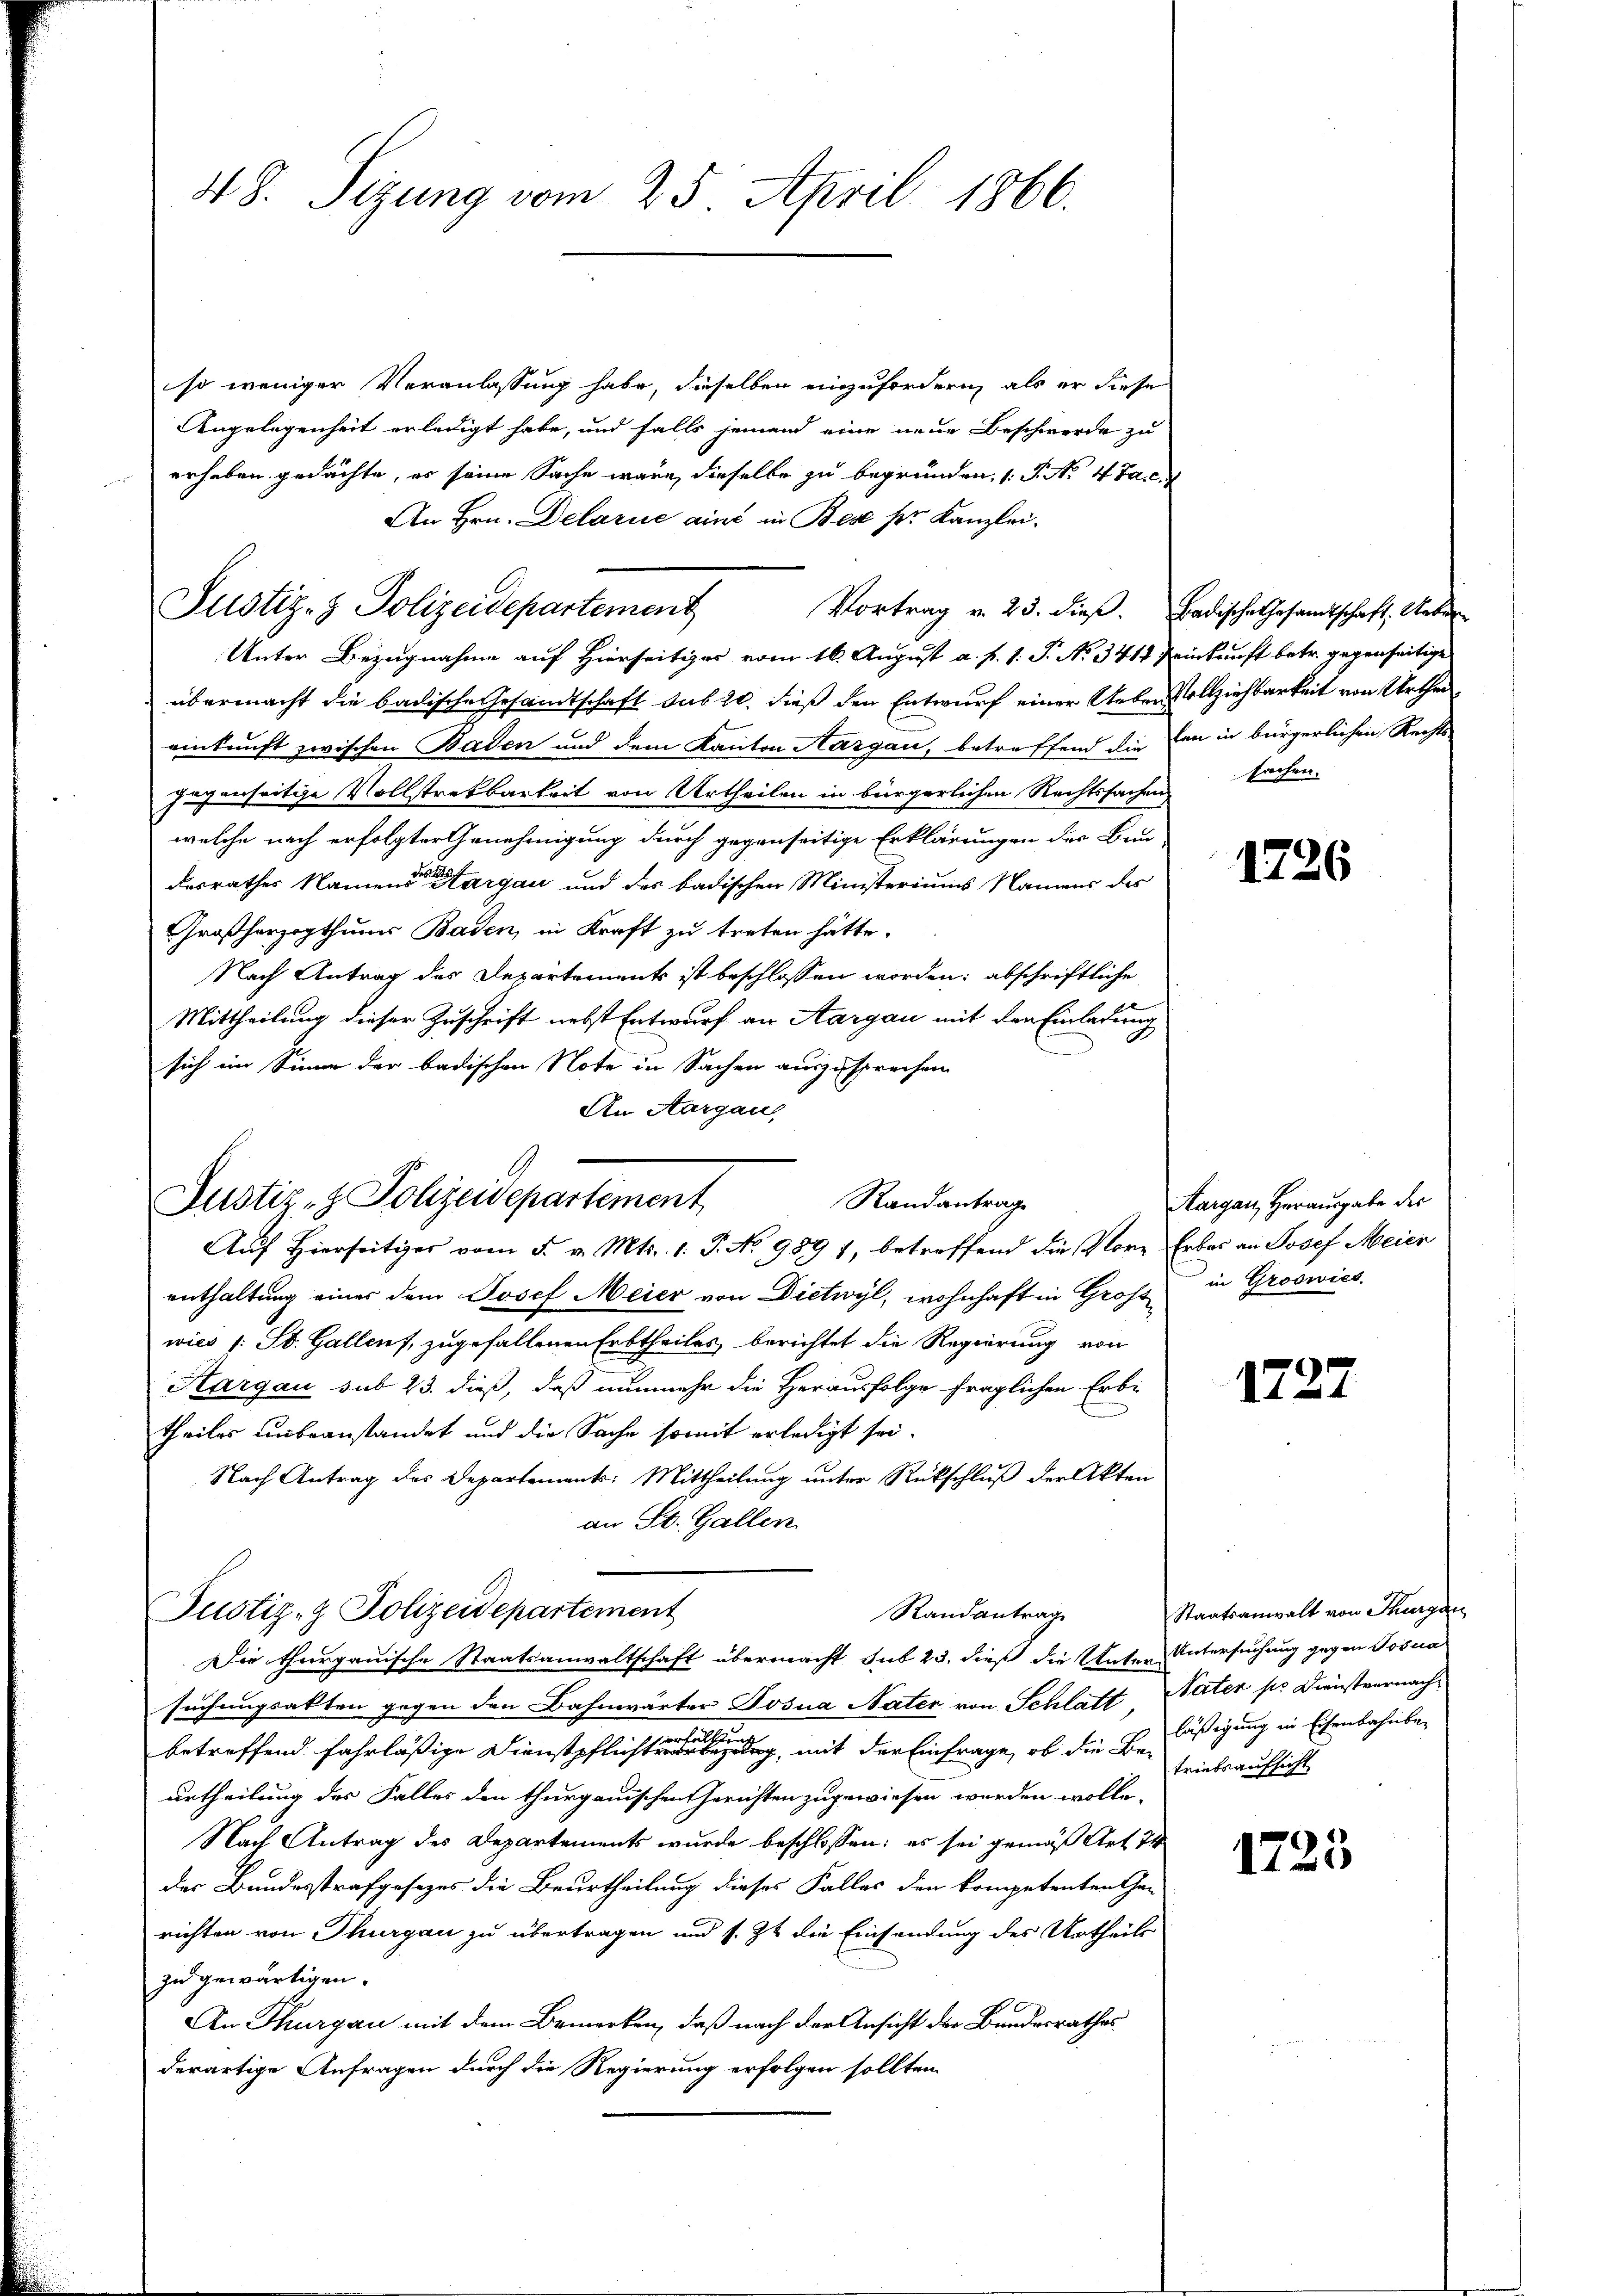
48. Sizung vom 25. April 1866.

so weniger Veranlassung habe, dieselben einzufordern, als er diese
Angelegenheit erledigt habe, und falls jemand eine neue Beschwerde zu
erheben gedachte, es seine Sache wäre, dieselbe zu begründen, 1. P. Nr. 4 Jan
An Hrn. Delarie ains in Besser Kanzlei.
Vortrag v. 23. dieβ. Badische Gesamtschaft. Ueber
Unter Bezugnahme auf Hierseitiger vom 16. August a. f. 1. P. No. 341. Reinkunft betr. gegenseitige
übermacht die badische Gesandtschaft sub 20. dieß den Entwurf einer Ueber Vollziehbarkeit von Urtheieinkunft zwischen Baden und dem Kanton Aargau, betreffend die Ein in bürgerlichen Rechts
fugenseitige Vollstrekbarkeit von Urtheilen in bürgerlichen Rechtssachen
welche nach erfolgter Genehmigung durch gegenseitige Erklärungen der Bau-
desrathes Namente er stargau und der badischen Ministeriums Namens des
Großherzogthums Baden, in Kraft zu treten hätte.
Nach Antrag des Departements ist beschlossen worden; abschriftliche
Mittheilung dieser Zuschrift nebst Entwurf an Aargau mit der Einladung
sich im Sinne der badischen Note in Sachen auszusprechen
An Aargau,

Justiz- & Polizeidepartement

Auf Hierseitiges vom 5. v. Mts. 1. P. No 989 1, betreffend die Vore Erbas an Josef Meier
enthaltung einer dem Josef Meier von Dietwyl, wohnhaft in Gross
wies /: St. Gallenf, zugefallenen Erbtheiles berichtet die Regierung von
Hargau sub 23. dieß, daß nunmehr die Herausfolge fraglichen Erb-
theiles unbeanstandet und die Sache somit erledigt sei.
Nach Antrag des Departement: Mittheilung unter Rückschluß der Akten
an St. Gallen
Justiz- & Polizeidepartement
Die thurgauische Staatsanwaltschaft übermacht sub 23. dieß die Unter-Untersuchung gegen Tosua
suchungsakten gegen den Bahnwärter Josua Nater von Schlatt Vater po Dienstvernach-
betreffend fahrläßige Dienstpflicht eine eine einen, mit der Einfrage, ob die Be-Zeichsaufsicht
urtheilung des Falles den thurgauischen Gerichten zugewiesen werden wolle.
Nach Antrag des Departements wurde beschlossen; es sei gemäß Art 74
der Bundesstrafgesezes die Beurtheilung dieses Falles den kompetenten Gan
richten von Thurgau zu übertragen und s. Zt. die Einsendung des Urtheils
zu gewärtigen.
An Thurgau mit dem Bemerken, daß nach der Ansicht der Bundesrathes
derartige Anfragen durch die Regierung erfolgen sollten

Justiz- & Polizeidepartement
Randantrage

Randantrag

sachen.

1726

Aargau, Herausgabe des
in Groswies.

1727

Staatsanwalt von Thurgau
läßigung in Eisenbahnber

1725